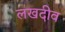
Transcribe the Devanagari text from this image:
लखदीव